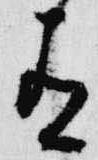
有